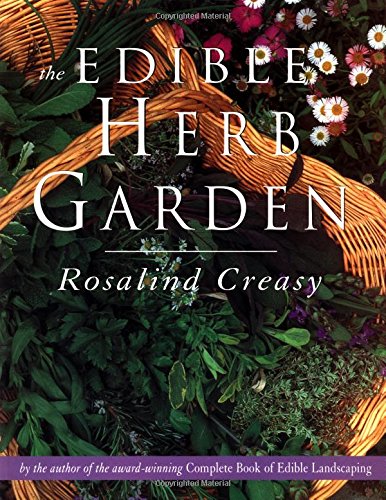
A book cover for The Edible Herb Garden (Edible Garden Series); Rosalind Creasy; Crafts, Hobbies & Home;